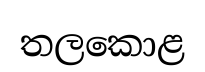
තලකොළ